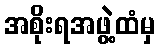
အစိုးရအဖွဲ့ထံမှ